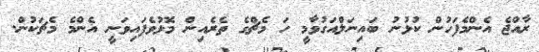
ރާއްޖެ އެންމެފަހުން ކުޅުނު ބައިނަލްއަގުވާމީ ހަ މެޗްގެ ތެރެއިން މޮޅުވެފައިވަނީ އެންމެ މެޗަކުން.